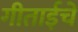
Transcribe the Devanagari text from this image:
गीताईचे